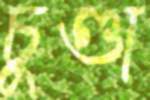
চুণ্ডা